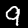
Digit: 9